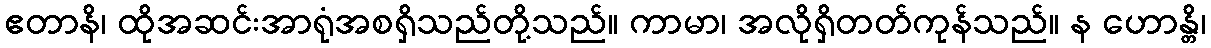
ဧတာနိ၊ ထိုအဆင်းအာရုံအစရှိသည်တို့သည်။ ကာမာ၊ အလိုရှိတတ်ကုန်သည်။ န ဟောန္တိ၊